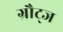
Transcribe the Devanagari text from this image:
ग्रौट्ज